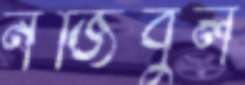
নজিবুল